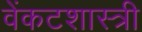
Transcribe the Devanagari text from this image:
वेंकटशास्त्री